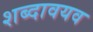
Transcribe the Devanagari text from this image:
शब्दावयव